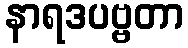
နာရဒပဗ္ဗတာ